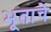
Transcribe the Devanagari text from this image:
भूताचे